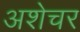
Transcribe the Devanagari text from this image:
अशेचर